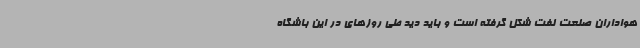
هواداران صنعت نفت شکل گرفته است و باید دید طی روزهای در این باشگاه